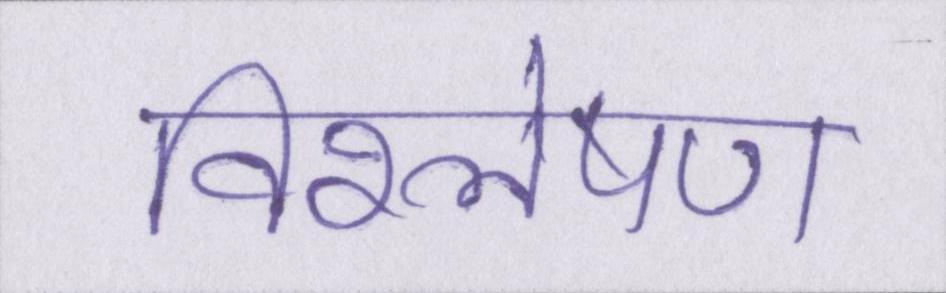
विश्लेषण